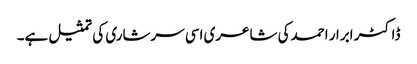
ڈاکٹر ابرار احمدکی شاعری اسی سرشاری کی تمثیل ہے۔